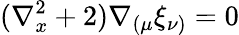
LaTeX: (\nabla_{x}^{2}+2)\nabla_{(\mu}\xi_{\nu)}=0